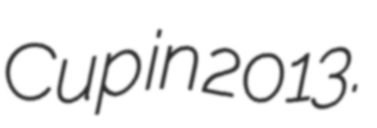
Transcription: Cup in 2013.